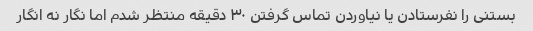
بستنی را نفرستادن یا نیاوردن تماس گرفتن ۳۰ دقیقه منتظر شدم اما نگار نه انگار